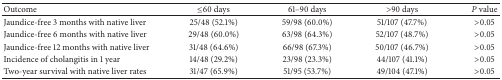
| Outcome | ≤60 days | 61–90 days | >90 days | P value |
 | --- | --- | --- | --- | --- |
 | Jaundice-free 3 months with native liver | 25/48 (52.1%) | 59/98 (60.0%) | 51/107 (47.7%) | >0.05 |
 | Jaundice-free 6 months with native liver | 29/48 (60.0%) | 63/98 (64.3%) | 52/107 (48.7%) | >0.05 |
 | Jaundice-free 12 months with native liver | 31/48 (64.6%) | 66/98 (67.3%) | 50/107 (46.7%) | >0.05 |
 | Incidence of cholangitis in 1 year | 14/48 (29.2%) | 23/98 (23.3%) | 44/107 (41.1%) | >0.05 |
 | Two-year survival with native liver rates | 31/47 (65.9%) | 51/95 (53.7%) | 49/104 (47.1%) | >0.05 |